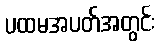
ပထမအပတ်အတွင်း